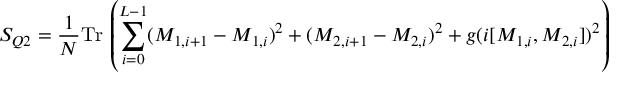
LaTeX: S _ { Q 2 } = \frac { 1 } { N } \mathrm { T r } \, \left( \sum _ { i = 0 } ^ { L - 1 } ( M _ { 1 , i + 1 } - M _ { 1 , i } ) ^ { 2 } + ( M _ { 2 , i + 1 } - M _ { 2 , i } ) ^ { 2 } + g ( i [ M _ { 1 , i } , M _ { 2 , i } ] ) ^ { 2 } \right)